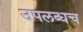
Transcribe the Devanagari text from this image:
उपलब्धच